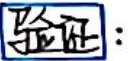
验证：